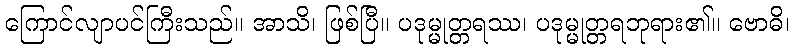
ကြောင်လျာပင်ကြီးသည်။ အာသိ၊ ဖြစ်ပြီ။ ပဒုမ္မုတ္တရဿ၊ ပဒုမ္မုတ္တရဘုရား၏။ ဗောဓိ၊